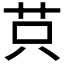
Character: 𦭜